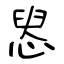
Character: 惥